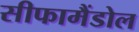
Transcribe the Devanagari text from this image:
सीफामैंडोल